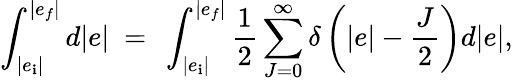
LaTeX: \int_{|e_{\mathbf{i}}|}^{|e_{f}|}d|e|~=~\int_{|e_{\mathbf{i}}|}^{|e_{f}|}\frac{{1}}{{2}}\sum_{J=0}^{\infty}\delta\left(|e|-\frac{{J}}{{2}}\right)d|e|,